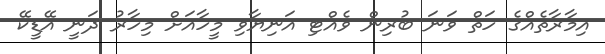
އިމާރާތެއްގެ ހަތް ވަނަ ބުރިން ވެއްޓި އަނިޔާވި މީހާއަށް މިހާރު ދަނީ އޭޑީކޭ